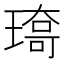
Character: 𤨯